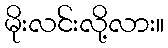
မိုးလင်းလို့လား။